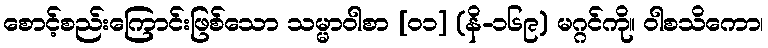
စောင့်စည်းကြောင်းဖြစ်သော သမ္မာဝါစာ [၀၁] (နိ-၁၆၉) မဂ္ဂင်ကို။ ဝါစသိကော၊